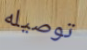
توصيله